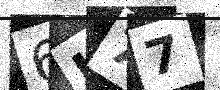
Text: 6L77